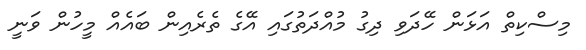
މިސްކިތް އަޅަން ހޭދަވި ދިގު މުއްދަތުގައި އޭގެ ތެރެއިން ބައެއް މީހުން ވަނީ